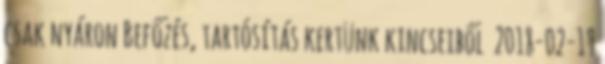
csak nyáron Befőzés, tartósítás kertünk kincseiből 2018-02-19